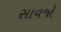
સાવજો